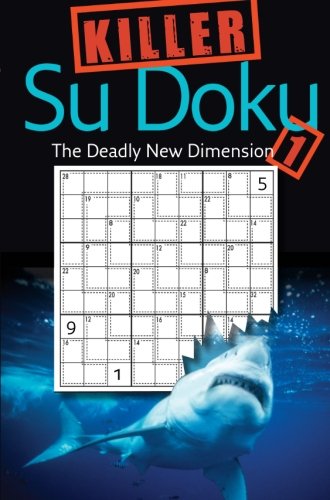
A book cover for Killer Sudoku 1: The Deadly New Dimension; Collins UK Staff; Humor & Entertainment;